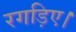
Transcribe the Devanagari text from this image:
रगड़िए।